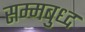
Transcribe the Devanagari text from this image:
सम्मबुध्द